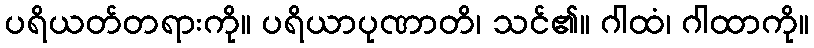
ပရိယတ်တရားကို။ ပရိယာပုဏာတိ၊ သင်၏။ ဂါထံ၊ ဂါထာကို။